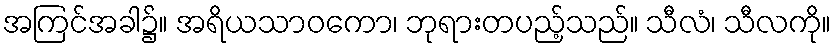
အကြင်အခါ၌။ အရိယသာဝကော၊ ဘုရားတပည့်သည်။ သီလံ၊ သီလကို။